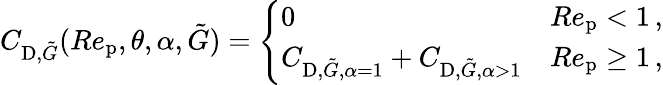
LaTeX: \begin{array}{r}{C_{\textup{D},\tilde{G}}(Re_{\textup{p}},\theta,\alpha,\tilde{G})=\left\{ \begin{array}{ll}{0}&{Re_{\textup{p}}<1\, ,}\\ {C_{\textup{D},\tilde{G},\alpha=1}+C_{\textup{D},\tilde{G},\alpha>1}}&{Re_{\textup{p}}\geq 1\, ,}\end{array}\right.}\end{array}